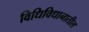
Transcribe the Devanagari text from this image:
विधिविधानातील